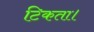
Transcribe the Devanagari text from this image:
टिकता।